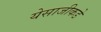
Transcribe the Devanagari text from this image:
येसाजीकडे